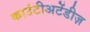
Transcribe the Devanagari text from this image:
काउंटीअटेंडीज़